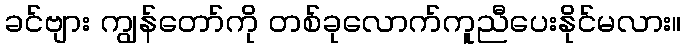
ခင်ဗျား ကျွန်တော်ကို တစ်ခုလောက်ကူညီပေးနိုင်မလား။